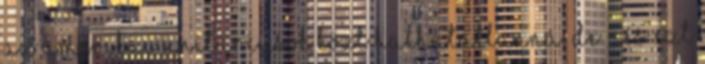
az amerikai unitáriusok közt halhatatlanná, de - és ezt